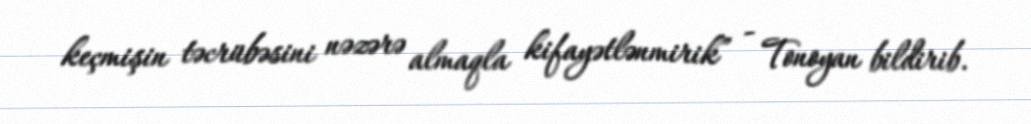
keçmişin təcrübəsini nəzərə almaqla kifayətlənmirik” - Tonoyan bildirib.